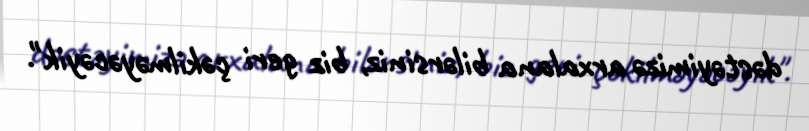
dəstəyimizə arxalana bilərsiniz, biz geri çəkilməyəcəyik".